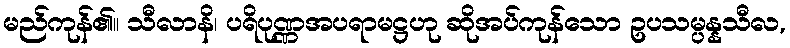
မည်ကုန်၏။ သီလာနိ၊ ပရိပုဏ္ဏအပရာမဋ္ဌဟု ဆိုအပ်ကုန်သော ဥပသမ္ပန္နသီလ,